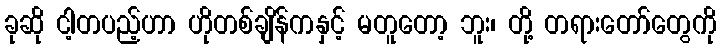
ခုဆို ငါ့တပည့်ဟာ ဟိုတစ်ချိန်ကနှင့် မတူတော့ ဘူး၊ တို့ တရားတော်တွေကို